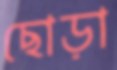
ছোড়া